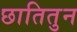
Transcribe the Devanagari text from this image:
छातितुन